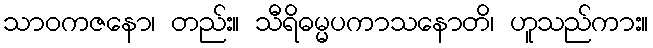
သာဝကဇနော၊ တည်း။ သီရိဓမ္မပကာသနောတိ၊ ဟူသည်ကား။